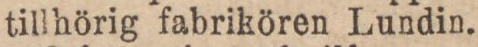
tillhörig fabrikören Lundin.